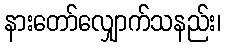
နားတော်လျှောက်သနည်း၊